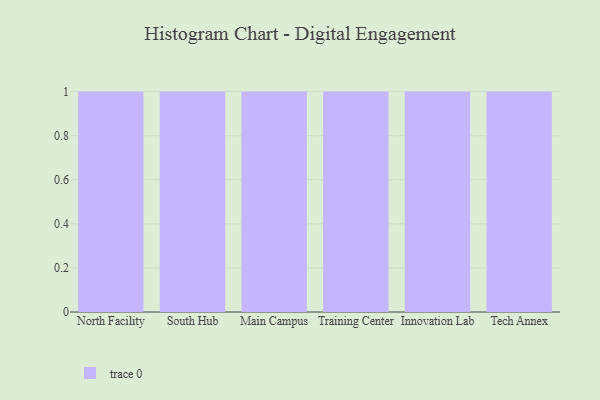
{"axis": {"x": "Campus", "y": "Operating Costs (USD K)"}, "legend": [""], "data": [{"x": "North Facility", "y": 3, "type": ""}, {"x": "South Hub", "y": 72, "type": ""}, {"x": "Main Campus", "y": 26, "type": ""}, {"x": "Training Center", "y": 31, "type": ""}, {"x": "Innovation Lab", "y": 4, "type": ""}, {"x": "Tech Annex", "y": 28, "type": ""}]}